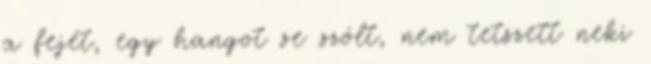
a fejét, egy hangot se szólt, nem tetszett neki